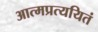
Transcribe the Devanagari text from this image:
आत्मप्रत्ययितं